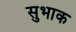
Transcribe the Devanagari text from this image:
सुभाक